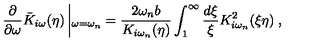
\frac { \partial } { \partial \omega } \bar { K } _ { i \omega } ( \eta ) \left| _ { \omega = \omega _ { n } } = \frac { 2 \omega _ { n } b } { K _ { i \omega _ { n } } ( \eta ) } \int _ { 1 } ^ { \infty } \frac { d \xi } { \xi } K _ { i \omega _ { n } } ^ { 2 } ( \xi \eta ) \right. ,